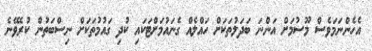
އެހެންނަމަވެސް މޫސުމަށް އަންނަ ބަދަލުތަކަށް ހައްލެއް ގެނައުމަށްޓަކައި ކުދި ގައުމުތަކަށް ނިސްބަތުން ކުރެވޭނެ